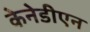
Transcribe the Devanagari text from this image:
केनेडीएन